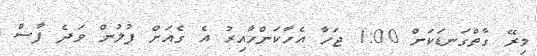
މިރޭ ގާތްގަނޑަކަށް 1:00 ޖަހާ އެހާކަންހާއިރު އެ ގެއަށް ފުލުުން ވަދެ ފާސް